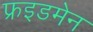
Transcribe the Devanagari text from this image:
फ्रइडमेन